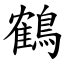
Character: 鶴